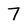
Character: 7